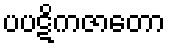
ပပဋိကဇာတော